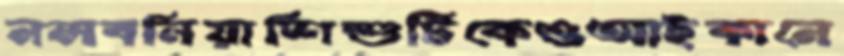
নলবনিয়াশিশুটিকেওআইকানে